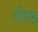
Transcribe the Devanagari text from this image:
रविन्द्रं